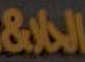
الحالة